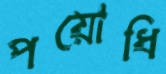
পয়োধি